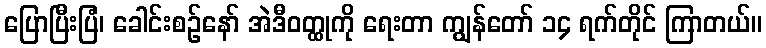
ပြောပြီးပြံ၊ ခေါင်းစဉ်နော် အဲဒီဝတ္ထုကို ရေးတာ ကျွန်တော် ၁၄ ရက်တိုင် ကြာတယ်။